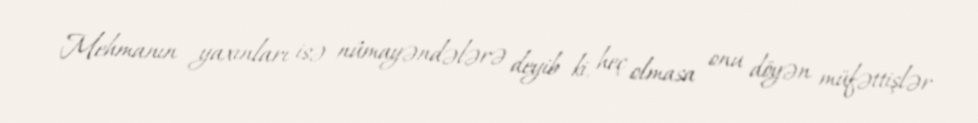
Mehmanın yaxınları isə nümayəndələrə deyib ki, heç olmasa onu döyən müfəttişlər